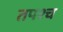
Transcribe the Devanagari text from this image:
तपश्च